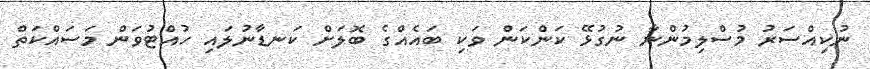
ނުކިއްސަރު މުސްލިމުންނާ ނުގުޅޭ ކަންކަން ވަކި ބައެއްގެ ބޮލަށް ކަނޑާނުލައި ހުއްޓުވަން މަސައްކަތް